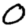
Digit: 0